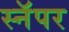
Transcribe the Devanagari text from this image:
स्नॅपर